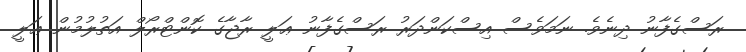
ރަސްގެފާނު ދިނެވެ. ނަމަވެސް އިސްކަންދަރު ރަސްގެފާނު ޢަލީ ރާޖާގެ ކޮންޓްރޯލް އަތުލުމުން ޢަލީ